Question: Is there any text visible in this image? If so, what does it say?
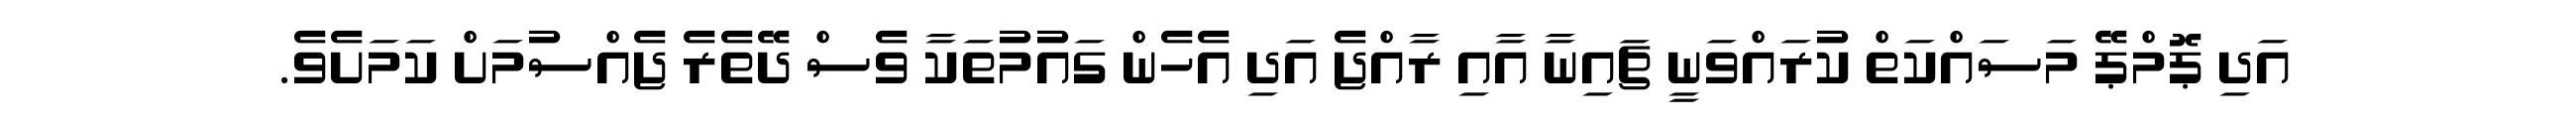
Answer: އަދި ޕޮމްޕޭ މަސައްކަތް ކުރައްވަނީ ޗައިނާ އާއި ރާއްޖެ އަދި އެހެން ގައުމުތަކާ ވެސް ދޭތެރެ ޖެއްސުމަށް ކަމަށެވެ.